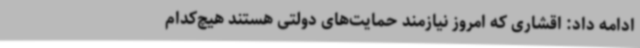
ادامه داد: اقشاری که امروز نیازمند حمایت‌های دولتی هستند هیچ‌کدام